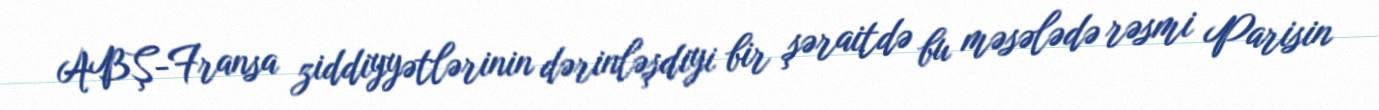
ABŞ-Fransa ziddiyyətlərinin dərinləşdiyi bir şəraitdə bu məsələdə rəsmi Parisin